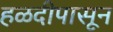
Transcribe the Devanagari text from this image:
हळदीपासून